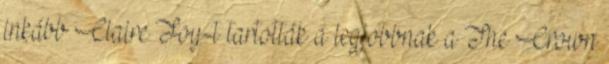
inkább Claire Foy-t tartották a legjobbnak a The Crown